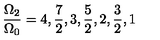
\frac { \Omega _ { 2 } } { \Omega _ { 0 } } = 4 , \frac { 7 } { 2 } , 3 , \frac { 5 } { 2 } , 2 , \frac { 3 } { 2 } , 1